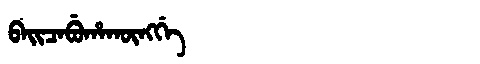
Manchu: ᠪᠠᡳᠴᠠᠪᡠᡥᠠᡴᡡᠩᡤᡝ
Romanization: BAICABUHAKŪNGGE